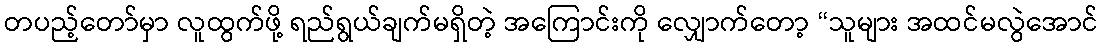
တပည့်တော်မှာ လူထွက်ဖို့ ရည်ရွယ်ချက်မရှိတဲ့ အကြောင်းကို လျှောက်တော့ “သူများ အထင်မလွဲအောင်